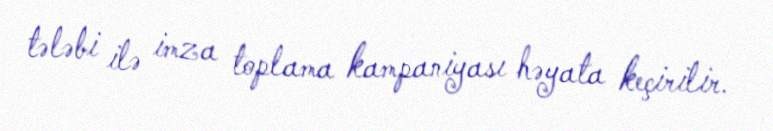
tələbi ilə imza toplama kampaniyası həyata keçirilir.